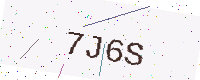
Text: 7J6S